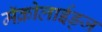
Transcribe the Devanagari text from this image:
मॅक्रोलाईड्ज